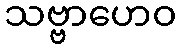
သဗ္ဗာဟေဝ